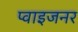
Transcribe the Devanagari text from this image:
प्वाइजनर